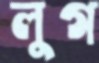
লুগ